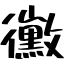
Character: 黴